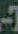
-